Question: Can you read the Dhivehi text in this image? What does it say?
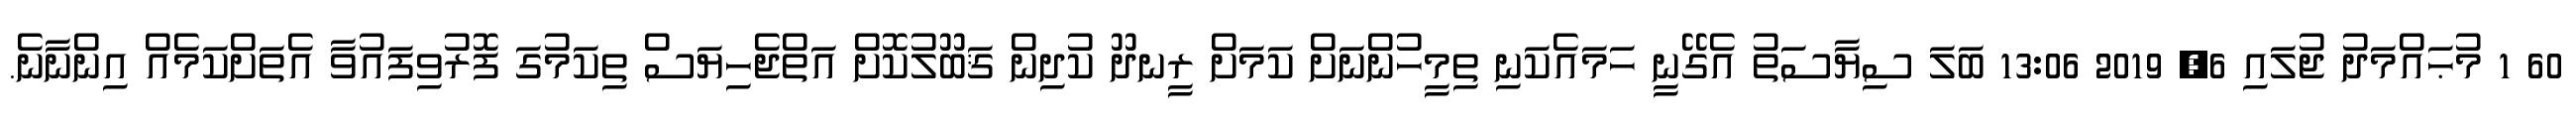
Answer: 60 1 މުޙައްމަދު ޖުލައި 6, 2019 13:06 ބަލަ ސިޔާސަތު އެގޭނީ ހަމައެކަނި ތިމީހުންނަށް ކަމަށް ރީނދޫ ކުދިން ޤަބޫލުކޮށް އަތްޖެހިޔަސް ތިކަމުގަ ފޮރުވިފައުވާ އެތަށްކަމެއް އިންނާނެ.